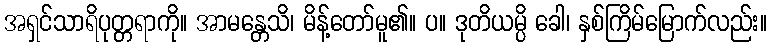
အရှင်သာရိပုတ္တရာကို။ အာမန္တေသိ၊ မိန့်တော်မူ၏။ ပ။ ဒုတိယမ္ပိ ခေါ၊ နှစ်ကြိမ်မြောက်လည်း။